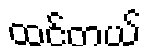
ထင်တယ်